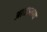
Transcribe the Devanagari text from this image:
आद्यानाथ